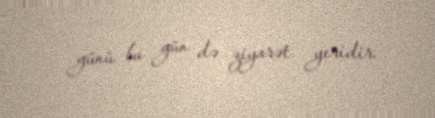
günü bu gün də ziyarət yeridir.